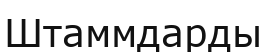
Штаммдарды